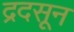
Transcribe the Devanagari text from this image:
द्रदसून